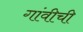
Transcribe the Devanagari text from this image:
गांवीची